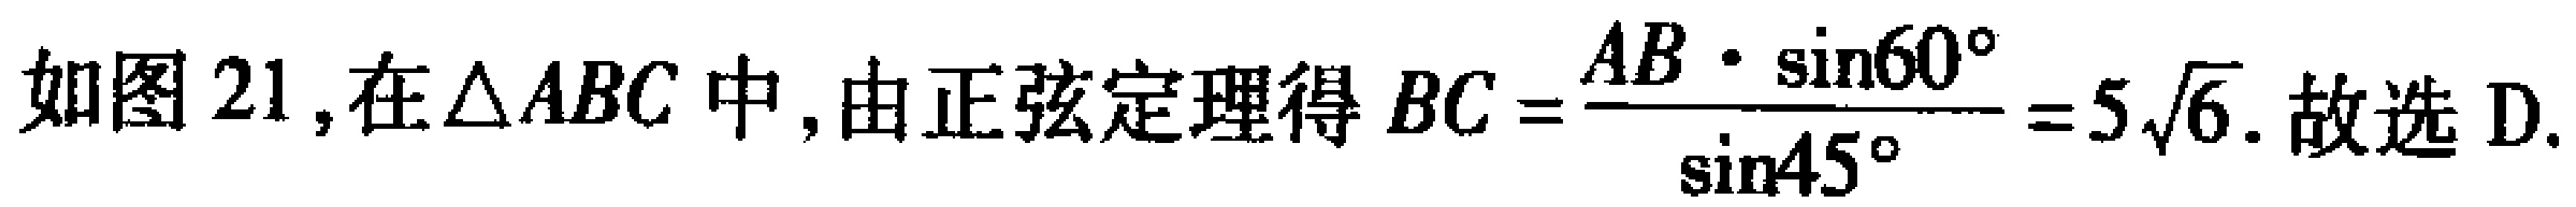
如图 21,在$\triangle ABC$中,由正弦定理得$BC = \frac{AB\cdot\sin60^{\circ}}{\sin45^{\circ}} = 5\sqrt{6}$. 故选 D.